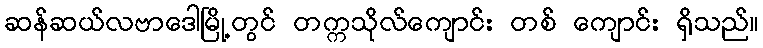
ဆန်ဆယ်လဗာဒေါမြို့တွင် တက္ကသိုလ်ကျောင်း တစ် ကျောင်း ရှိသည်။